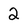
Character: 2